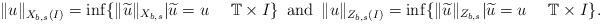
LaTeX: \begin{align*} \|u\|_{X_{b,s}(I)}=\inf\{\|\widetilde{u}\|_{X_{b,s}}|\widetilde{u}=u\ \ \ \ \mathbb{T}\times I\}\,\mbox{ and }\, \|u\|_{Z_{b,s}(I)}=\inf\{\|\widetilde{u}\|_{Z_{b,s}}|\widetilde{u}=u\ \ \ \ \mathbb{T}\times I\}.\end{align*}